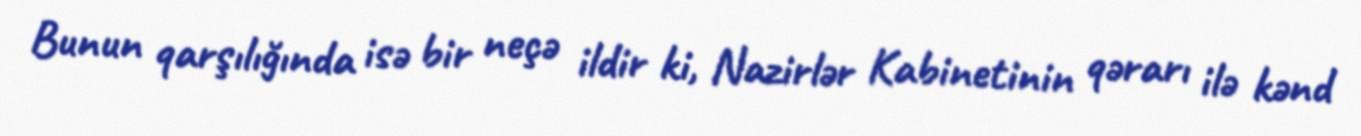
Bunun qarşılığında isə bir neçə ildir ki, Nazirlər Kabinetinin qərarı ilə kənd